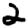
Digit: 2